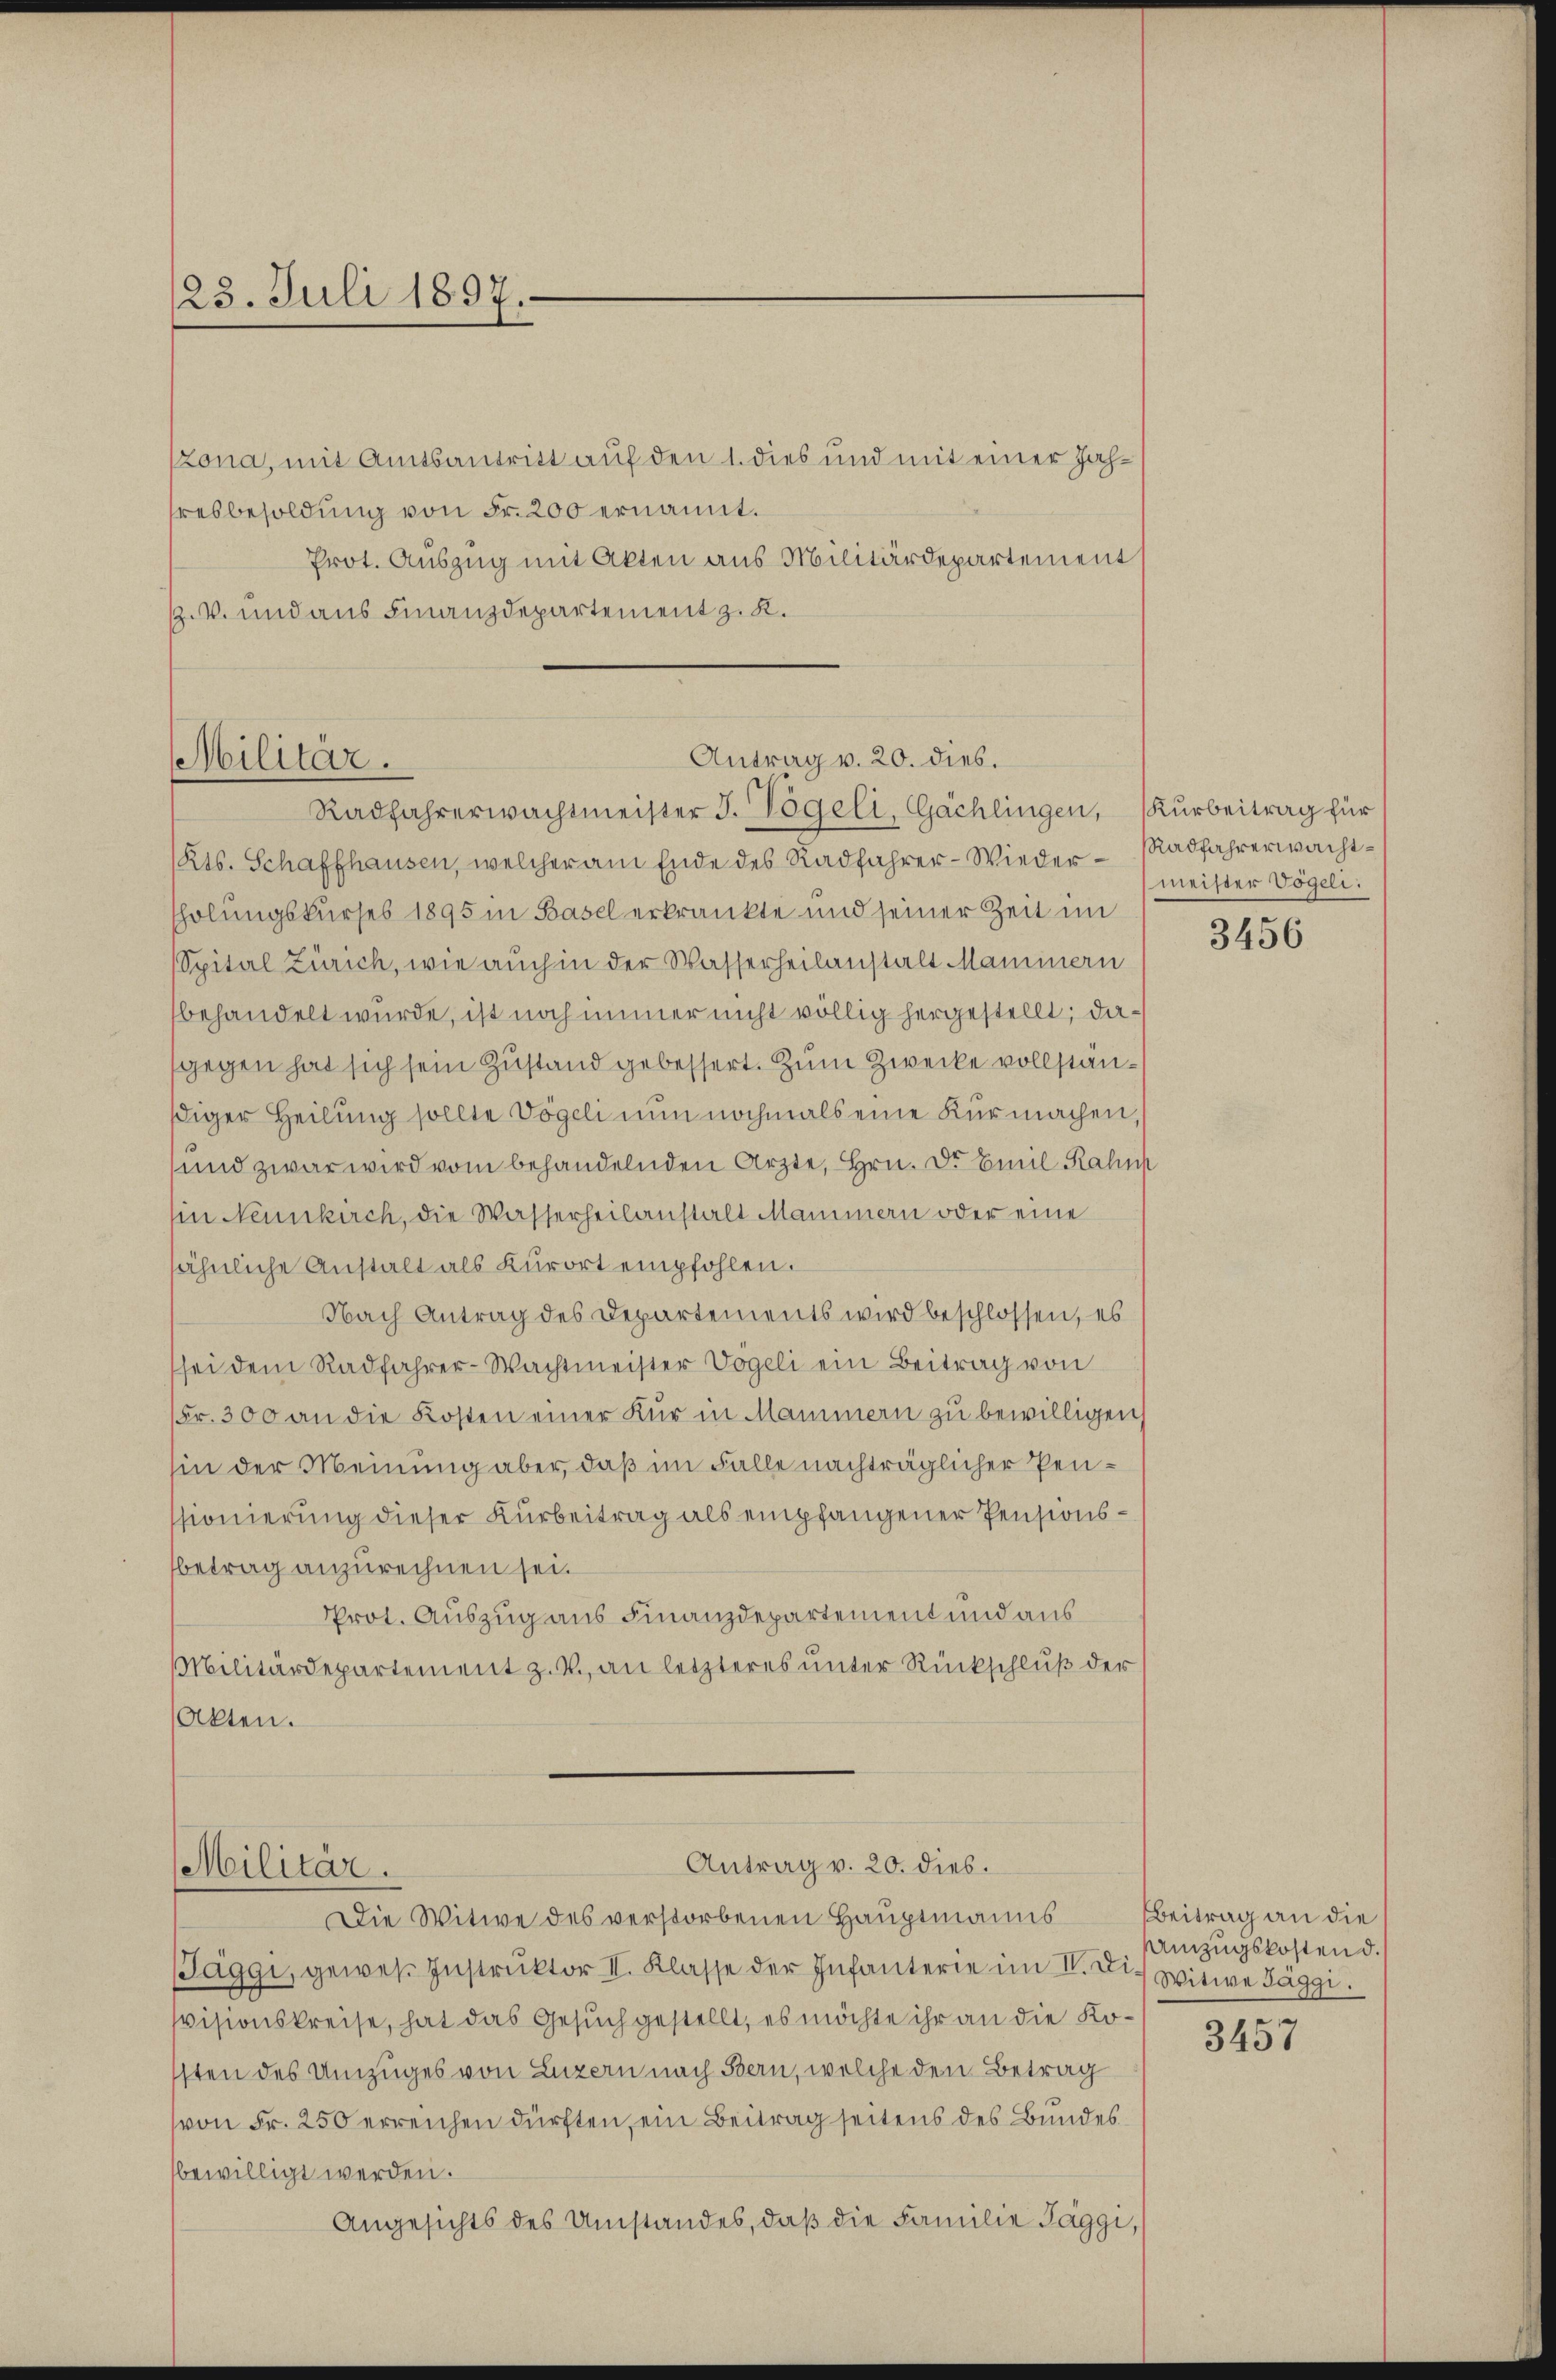
123. Juli 1897.

zona, mit Amtsantritt auf den 1. dies und mit einer Jahhresbesoldung von Fr. 200 ernannt.
Prot. Auszug mit Akten aus Militärdepartement
V. und aus Finanzdepartement z. K.

Antrag v. 20. dies.
Militär.
Radfahrerwachtmeister J. Vogeli, Gächlingen, (Kurbeitrag für

Kts. Schaffhausen, welcher am Ende des Radfahrer-Wieder Radfahrerwachtsholungskurses 1895 in Basel erkrankte und seiner Zeit im
Spital Zürich, wie auch in der Wasserheilanstalt Maminern
behandelt wurde, ist noch immer nicht völlig hergestellt; dasgegen hat sich sein Zustand gebessert. Zum Zwecke vollstänßiger Heilung sollte Vögeli nun nochmals eine Kurmachen,
und zwar wird vom behandelnden Ärzte, Hrn. Dr Emil Rahm
in Neunkirch, die Wasserheilanstalt Mammern oder eine
ähnliche Anstalt als Kurort empfohlen.
Nach Antrag des Departements wird beschlossen, es
sei dem Radfahrer-Wachtmeister Vogeli ein Beitrag von
Fr. 300 an die Kosten einer Kur in Mammern zu bewilligen,
hin der Meinung aber, daß im Falle nachträglicher Penssionierung dieser Kurbeitrag als empfangener Pensionsbetrag anzurechnen sei.
Prot. Auszug aus Finanzdepartement und aus
Militärdepartement z. V. an letzteres unter Rückschluß der
Akten.

Antrag v. 20. dies.
Militär.
Die Witwe des verstorbenen Hauptmanns

Paggi, gewes Instruktor II. Klasse der Infanterie im V. Die Witwe Jäggi.
svisionskreise, hat das Gesuch gestellt, es möchte ihr an die Kosten des Umzuges von Luzern nach Bern, welche den Betrag
von Fr. 250 erreichen dürften, ein Beitrag seitens des Bundes
bewilligt werden.
Angesichts des Umstandes, daß die Familie Taggi,

meister Vögeli:

3456

Beitrag an die
mzugskosten d.

3457